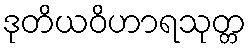
ဒုတိယဝိဟာရသုတ္တ